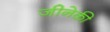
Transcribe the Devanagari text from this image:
जीनेकी